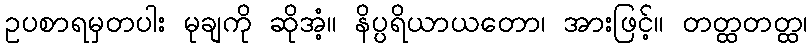
ဥပစာရမှတပါး မုချကို ဆိုအံ့။ နိပ္ပရိယာယတော၊ အားဖြင့်။ တတ္ထတတ္ထ၊